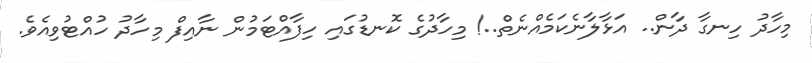
މިހާދު ހިނގާ ދާން.. އަޅާލާނެކަމެއްނެތް..! މިހާދުގެ ކޮނޑުގައި ހިފާއްޓަމުން ނާއިފް މިހާދު ހުއްޓުވިއެވެ.